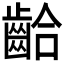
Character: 𪘁